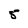
Character: 5